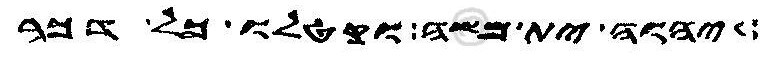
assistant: יהוה ית משה וקטלו כל דכר